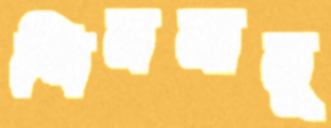
শিববাবু